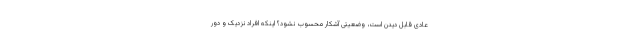
عادی قابل دیدن است، وضعیتی آشکار محسوب نشود؟ اینکه افراد نزدیک و دور